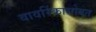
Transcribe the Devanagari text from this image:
वावरिंकासोबत